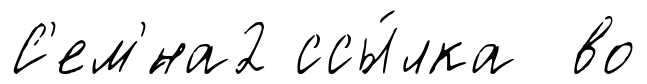
С'ем'́на2 ссы́лка во